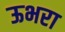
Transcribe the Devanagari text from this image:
ऊभरा